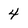
Character: 4